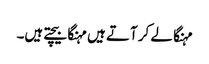
مہنگا لے کر آتے ہیں مہنگا بیچتے ہیں۔